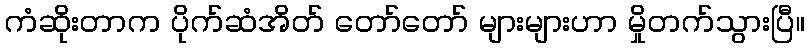
ကံဆိုးတာက ပိုက်ဆံအိတ် တော်တော် များများဟာ မှိုတက်သွားပြီ။